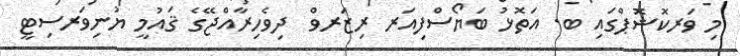
މި ވަރކޮޝޮޕްގައި ބ. އަތޮޅު ބަޔޯސްފިއަރ ރިޒަރވް  ދިވެހިރާއްޖޭގެ ޤައުމީ ޔުނިވަރސިޓީ